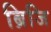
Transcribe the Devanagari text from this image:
ब्रिजि